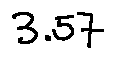
3 . 5 7